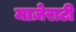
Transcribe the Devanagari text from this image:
माज़ेराटी